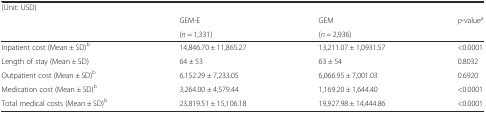
<table><thead><tr><td><b>(Unit: USD)</b></td><td></td><td></td><td></td></tr><tr><td></td><td><b>GEM-E</b></td><td><b>GEM</b></td><td><b><i>p</i>-value<sup>a</sup></b></td></tr><tr><td></td><td><b>(<i>n</i> = 1,331)</b></td><td><b>(<i>n</i> = 2,936)</b></td><td></td></tr></thead><tbody><tr><td>Inpatient cost (Mean ± SD)<sup>b</sup></td><td>14,846.70 ± 11,865.27</td><td>13,211.07 ± 1,0931.57</td><td>&lt;0.0001</td></tr><tr><td>Length of stay (Mean ± SD)</td><td>64 ± 53</td><td>63 ± 54</td><td>0.8032</td></tr><tr><td>Outpatient cost (Mean ± SD)<sup>b</sup></td><td>6,152.29 ± 7,233.05</td><td>6,066.95 ± 7,001.03</td><td>0.6920</td></tr><tr><td>Medication cost (Mean ± SD)<sup>b</sup></td><td>3,264.00 ± 4,579.44</td><td>1,169.20 ± 1,644.40</td><td>&lt;0.0001</td></tr><tr><td>Total medical costs (Mean ± SD)<sup>b</sup></td><td>23,819.51 ± 15,106.18</td><td>19,927.98 ± 14,444.86</td><td>&lt;0.0001</td></tr></tbody></table>